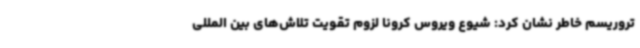
تروریسم خاطر نشان کرد: شیوع ویروس کرونا لزوم تقویت تلاش‌های بین المللی